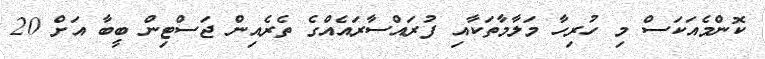
ކޮންމެއަކަސް މި ހުރިހާ މަލާމާތަކާއި ފުރައްސާރައެއްގެ ތެރެއިން ޖަސްޓިން ބީބާ އަށް 20